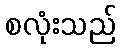
စလုံးသည်